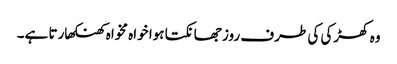
وہ کھڑکی کی طرف روز جھانکتا ہوا خواہ مخواہ کھنکھارتا ہے۔